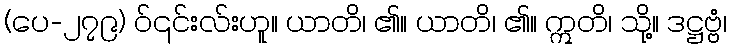
(ပေ-၂၇၉) ဝ်၎င်းလ်းဟူ။ ယာတိ၊ ၏။ ယာတိ၊ ၏။ ဣတိ၊ သို့။ ဒဋ္ဌဗ္ဗံ၊